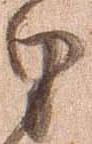
里